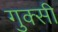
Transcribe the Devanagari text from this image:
गुक्सी